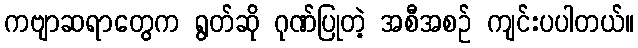
ကဗျာဆရာတွေက ရွတ်ဆို ဂုဏ်ပြုတဲ့ အစီအစဉ် ကျင်းပပါတယ်။